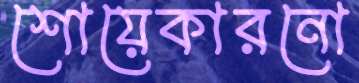
শোয়েকারনো